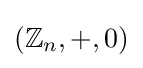
(\mathbb {Z} _{n},+,0)